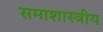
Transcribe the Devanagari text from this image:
समाशास्त्रीय